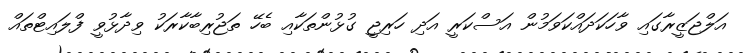
އަލްޖަޒީރާގައި ވާހަކަދައްކަވަމުން އަސްކަރީ އަދި ހަރިޖީ ގުޅުންތަކާއި ބެހޭ ތަޖުރިބާކާރަކު ވިދާޅުވީ ފްލައިޓްތައް